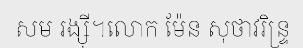
សម រង្ស៊ី។លោក ម៉ែន សុថាវរិន្ទ្រ